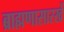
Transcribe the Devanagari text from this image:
ब्राह्मणासारखें